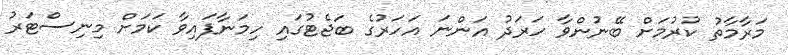
މަރާމާތު ކުރުމަށް ބޭނުންވާ ހަރަދު އަންނަ އަހަރުގެ ބަޖެޓުގައި ހިމަނާފައިވާ ކަމަށް މިނިސްޓަރު